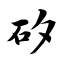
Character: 矽